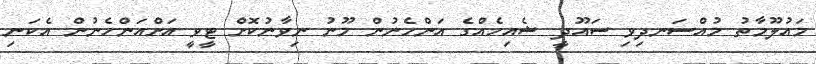
މައުލޫމާތު މުއްސަނދިވި ސައޫދީ ޝެއިހެއްގެ އަންހެނުން މޫނު ނިވާނުކޮށް ޓީވީ އަށްއަންހެނުން އެކަނި